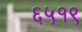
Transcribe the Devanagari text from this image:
६५१९